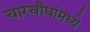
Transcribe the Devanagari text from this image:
चारचौघांमध्ये